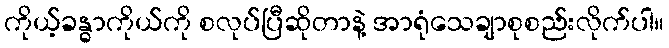
ကိုယ့်ခန္ဓာကိုယ်ကို စလုပ်ပြီဆိုတာနဲ့ အာရုံသေချာစုစည်းလိုက်ပါ။